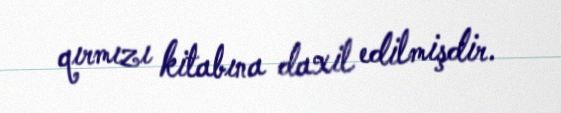
qırmızı kitabına daxil edilmişdir.